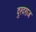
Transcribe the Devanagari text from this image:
दुरदराज